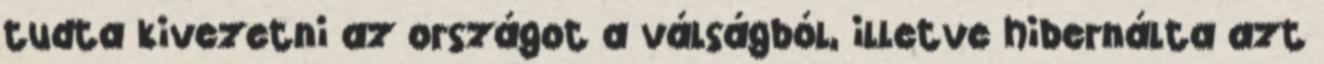
tudta kivezetni az országot a válságból, illetve hibernálta azt